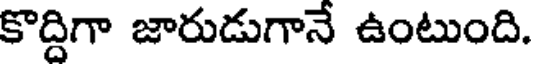
కొద్దిగా జారుడుగానే ఉంటుంది.